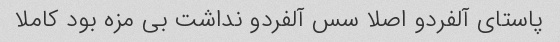
پاستای آلفردو اصلا سس آلفردو نداشت بی مزه بود کاملا